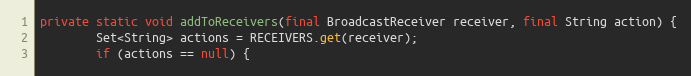
Language: Java
private static void addToReceivers(final BroadcastReceiver receiver, final String action) {
		Set<String> actions = RECEIVERS.get(receiver);
		if (actions == null) {